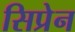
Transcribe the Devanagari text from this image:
सिप्रेन